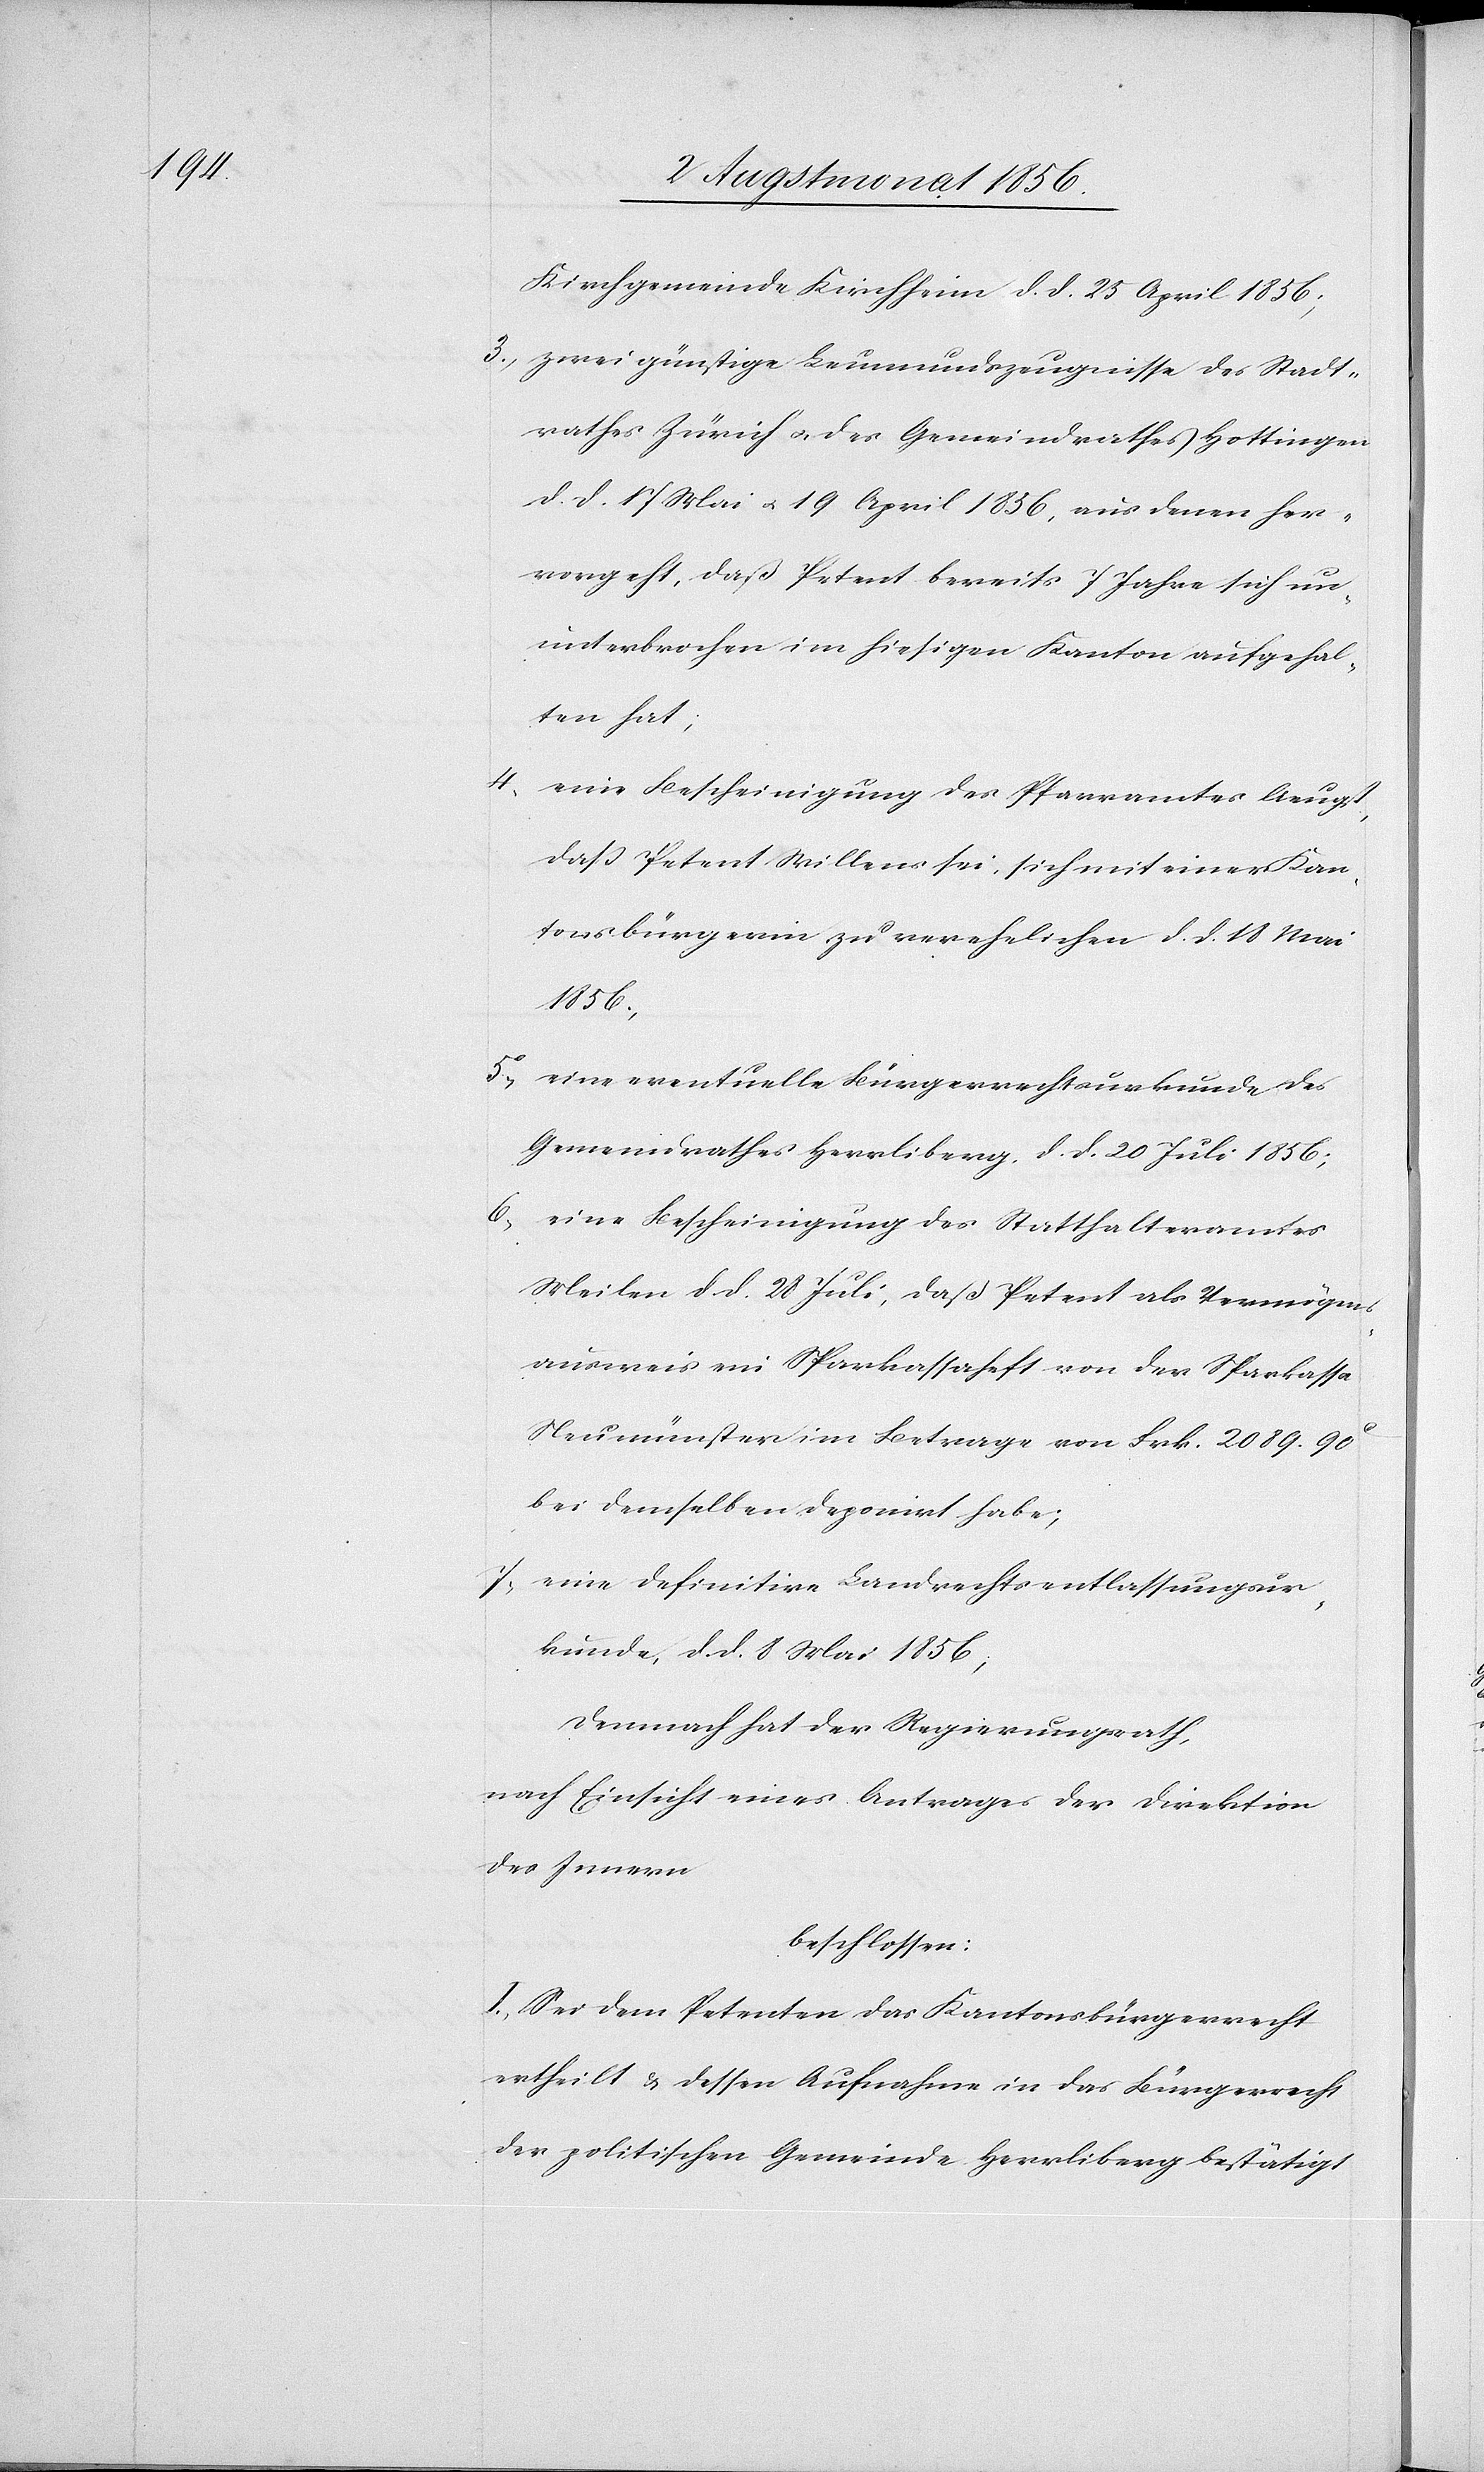
4.)

Kirchgemeinde Kirchheim d. d. 25 April 1856;
3.) zwei günstige Leumundszeugnisse des Stadt¬
rathes Zürich u. des Gemeindrathes Hottingen
d. d. 17 Mai u. 19 April 1856, aus denen her¬
vorgeht, daß Petent bereits 7 Jahre sich un¬
unterbrochen im hiesigen Kanton aufgehal¬
ten hat;
eine Bescheinigung des Pfarramtes Aeugst,
dass Petent Willens sei, sich mit einer Kan¬
tonsbürgerin zu verehelichen d. d. 18 Mai
1856;
5.)
eine eventuelle Bürgerrechtsurkunde des
Gemeindrathes Herrliberg, d. d. 20 Juli 1856;
6.) eine Bescheinigung des Statthalteramtes
Meilen d. d. 28 Juli, daß Petent als Vermögens¬
ausweis ein Sparkassaheft von der Sparkassa
Neumünster im Betrage von Frk. 2089. 90c
bei demselben deponirt habe;
7.) eine definitive Landrechtsentlassungsur¬
kunde, d. d. 8 Mai 1856;
Demnach hat der Regierungsrath,
nach Einsicht eines Antrages der Direktion
des Innern
beschlossen:
I.) Sei dem Petenten das Kantonsbürgerrecht
ertheilt & dessen Aufnahme in das Bürgerrecht
der politischen Gemeinde Herrliberg bestätigt